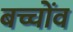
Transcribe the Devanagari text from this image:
बच्चोंव